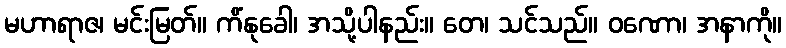
မဟာရာဇ၊ မင်းမြတ်။ ကိံနုခေါ၊ အသို့ပါနည်း။ တေ၊ သင်သည်။ ဝဏော၊ အနာကို။